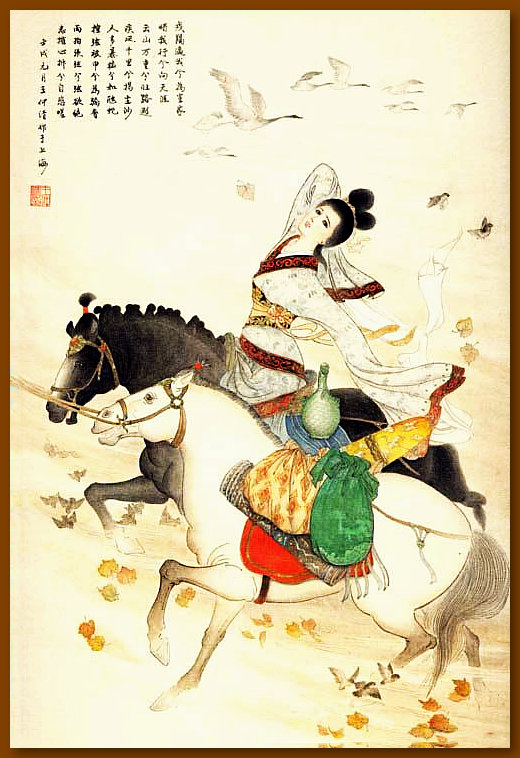
云山万重兮归路遐，疾风千里兮扬尘沙。